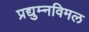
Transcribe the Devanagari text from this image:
प्रद्युम्नविमल